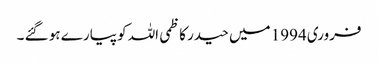
فروری 1994 میں حیدر کاظمی اللہ کو پیارے ہو گئے ۔